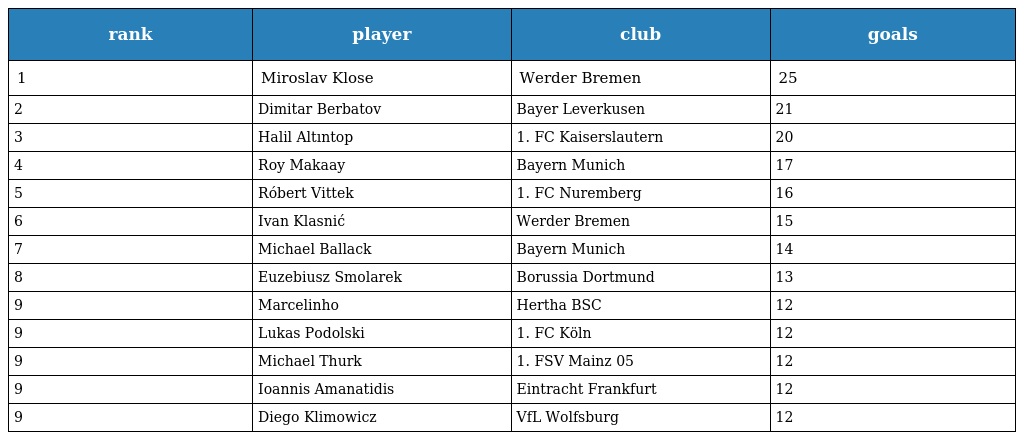
| rank | player | club | goals |
 | --- | --- | --- | --- |
 | 1 | Miroslav Klose | Werder Bremen | 25 |
 | 2 | Dimitar Berbatov | Bayer Leverkusen | 21 |
 | 3 | Halil Altıntop | 1. FC Kaiserslautern | 20 |
 | 4 | Roy Makaay | Bayern Munich | 17 |
 | 5 | Róbert Vittek | 1. FC Nuremberg | 16 |
 | 6 | Ivan Klasnić | Werder Bremen | 15 |
 | 7 | Michael Ballack | Bayern Munich | 14 |
 | 8 | Euzebiusz Smolarek | Borussia Dortmund | 13 |
 | 9 | Marcelinho | Hertha BSC | 12 |
 | 9 | Lukas Podolski | 1. FC Köln | 12 |
 | 9 | Michael Thurk | 1. FSV Mainz 05 | 12 |
 | 9 | Ioannis Amanatidis | Eintracht Frankfurt | 12 |
 | 9 | Diego Klimowicz | VfL Wolfsburg | 12 |